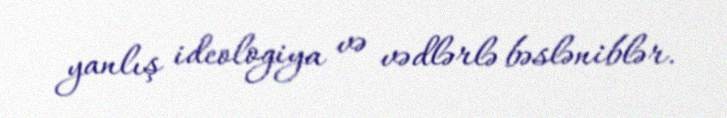
yanlış ideologiya və vədlərlə bəsləniblər.